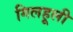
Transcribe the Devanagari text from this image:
गिलहूली